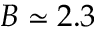
B \simeq 2 . 3